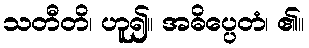
သတီတိ၊ ဟူ၍။ အဓိပ္ပေတံ၊ ၏။